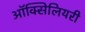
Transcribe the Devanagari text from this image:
ऑक्सिलियरी